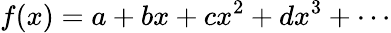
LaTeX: f(x)=a+bx+cx^{2}+dx^{3}+\cdots